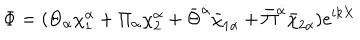
LaTeX: \Phi = ( \Theta _ { \alpha } \chi _ { 1 } ^ { \alpha } + \Pi _ { \alpha } \chi _ { 2 } ^ { \alpha } + \bar { \Theta } ^ { \dot { \alpha } } \bar { \chi } _ { 1 \dot { \alpha } } + \bar { \Pi } ^ { \dot { \alpha } } \bar { \chi } _ { 2 \dot { \alpha } } ) e ^ { i k X }